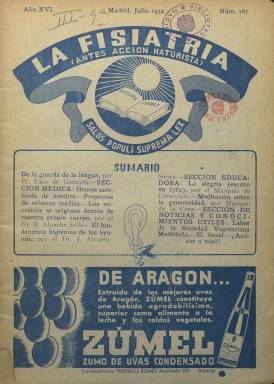
Título: La Fisiatría (Madrid)
Colección: Salud e higiene
Ámbito geográfico: Madrid
Lugar de publicación: Madrid
Fechas: 01/07/1934-31/07/1936

Revista mensual continuación de Acción Naturista que inicia su publicación en  julio de 1934, ahora dirigida no por los tres médicos propietarios sino por uno solo, Casiano Ruiz-Ibarra, quien compró su parte a los otros dos. En este primer número se da cuenta además de  las razones para el cambio de nombre. La palabra naturista estaba siendo vista con recelo al proclamarse también naturistas ciertas ideologías políticas, con lo que se alude sin nombrarla a la ideología anarquista. Ruiz-Ibarra era de mentalidad conservadora y aunque pasó por la masonería acabó volviendo al catolicismo.

    La publicación, que era el órgano de la Sociedad Vegetariana Madrileña, se autocalificaba como revista defensora del criterio hipocrático en medicina. Esta adscripción a Hipócrates, el llamado padre de la medicina, es recurrente, dado que en la misma portada se incluía la frase: “La fisiatría no es una técnica ni una especialidad médica; es un criterio aplicado a la biología y a la medicina humana que tiende hoy a utilizar la constante hipocrática”.

    El ejercicio, la gimnasia, el masaje y la dieta eran los medios para mantenerse saludable, según el criterio de Hipócrates seguido por la fisiatría, doctrina que implicaba también una ética. En un artículo publicado en la revista se puede leer: “El vegetariano no debe olvidar un momento que lleva en sí un germen de perfectibilidad y está en el deber de procurar constantemente el desarrollo de ese germen. Debe ser una idea dominante en él la de la perfección constante, la de su mejoramiento continuo”.

   Además de artículos de fondo, había una sección de cocina con consejos culinarios y un consultorio de fisiatría gratuito, así como reportajes gráficos como el que aparece en el número de abril de 1935, en el que bajo sus respectivas fotografías se dice: “las señoritas españolas María, Elena y Juanita Lázaro, que jamás han comido carne animal y cuyo desarrollo es excelente”.

   En la revista se anunciaban establecimientos de comida vegetariana y productos que ahora llamaríamos ecológicos. La conocida cadena madrileña Viena Capellanes estaba muy vinculada a la publicación: insertaba el anuncio de la última página ofreciendo su pan integral, y en el Café Viena del barrio de Argüelles la Sociedad Vegetariana celebraba su comida mensual.

   En el número 40 de la revista Natura Medicatrix (verano 1995), dedicada al estudio y difusión de las medicinas alternativas, se puede leer una semblanza así como algunos textos del doctor Casiano Ruiz Ibarra (1878-1961), a quien se tilda de prócer del naturismo científico español. El director de La Fisiatría, cuyo último número es de julio de 1936, ejerció de médico rural al comienzo de su carrera y desde entonces comenzó a sospechar que la naturaleza curaba más que los fármacos.

[Descripción publicada el 7/2/2020]